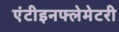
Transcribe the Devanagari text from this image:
एंटीइनफ्लेमेटरी